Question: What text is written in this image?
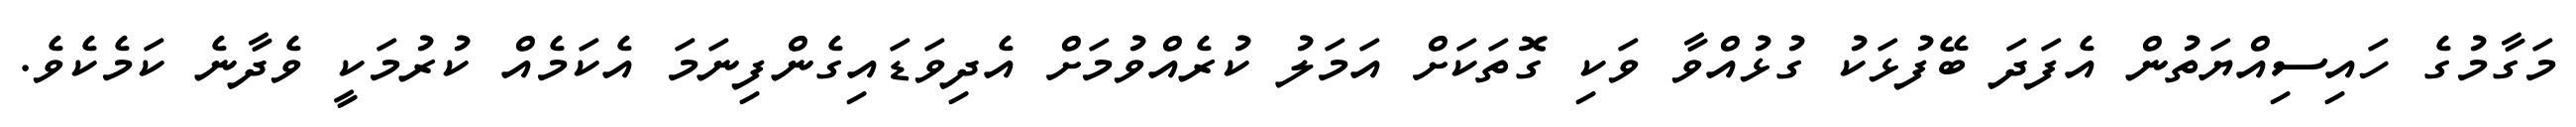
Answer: މަގާމުގެ ހައިސިއްޔަތުން އެފަދަ ބޭފުޅަކު ގުޅުއްވާ ވަކި ގޮތަކަށް އަމަލު ކުރެއްވުމަށް އެދިވަޑައިގެންފިނަމަ އެކަމެއް ކުރުމަކީ ވެދާނެ ކަމެކެވެ.